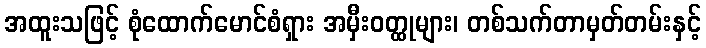
အထူးသဖြင့် စုံထောက်မောင်စံရှား အမှီးဝတ္ထုများ၊ တစ်သက်တာမှတ်တမ်းနှင့်